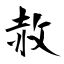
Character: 赦